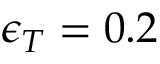
\epsilon _ { T } = 0 . 2 \